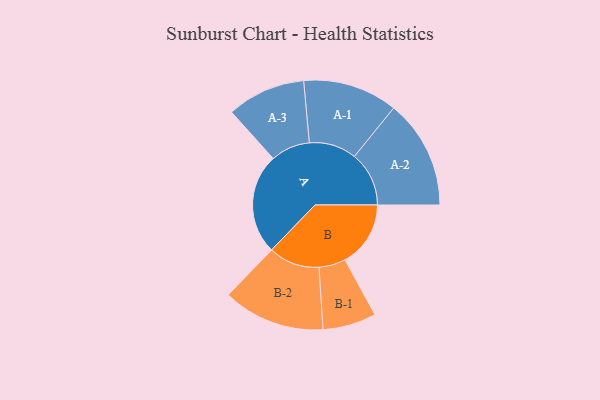
{"axis": {"x": "Segment", "y": "Value"}, "legend": ["", "A", "B"], "data": [{"x": "A", "y": 463, "type": ""}, {"x": "B", "y": 302, "type": ""}, {"x": "A-1", "y": 218, "type": "A"}, {"x": "A-2", "y": 251, "type": "A"}, {"x": "A-3", "y": 181, "type": "A"}, {"x": "B-1", "y": 123, "type": "B"}, {"x": "B-2", "y": 235, "type": "B"}]}